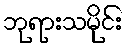
ဘုရားသမိုင်း